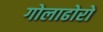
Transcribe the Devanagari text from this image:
गोलाढोरो